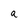
Character: a